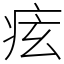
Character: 痃